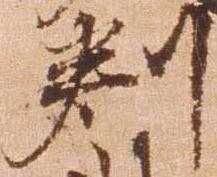
判